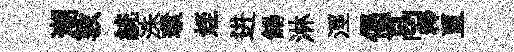
潮敦統洙環姪进餳淋涇偈鬲釋亘